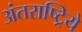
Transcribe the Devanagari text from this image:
अंतराष्ट्रिये